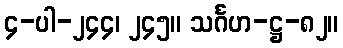
၄-ပါ-၂၄၄၊ ၂၄၅။ သင်္ဂဟ-ဋ္ဌ-၈၂။